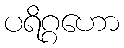
ပရိဂ္ဂဟော